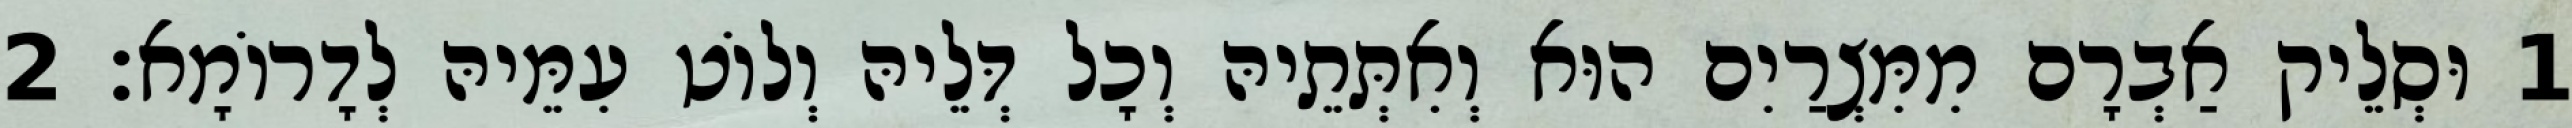
1 וּסְלֵיק אַבְרָם מִמִּצְרַיִם הוּא וְאִתְּתֵיהּ וְכָל דְּלֵיהּ וְלוֹט עִמֵּיהּ לְדָרוֹמָא׃ 2